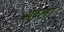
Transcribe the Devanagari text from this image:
अब्ला